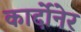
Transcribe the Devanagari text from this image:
कार्दोनेर